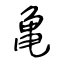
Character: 亀